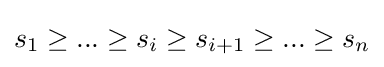
s_{1}\geq ...\geq s_{i}\geq s_{i+1}\geq ...\geq s_{n}